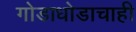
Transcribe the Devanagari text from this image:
गोडाधोडाचाही